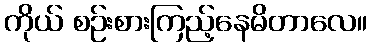
ကိုယ် စဉ်းစားကြည့်နေမိတာလေ။